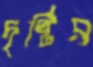
দৃষ্টির